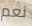
نعم